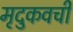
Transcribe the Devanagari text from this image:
मृदुकवची